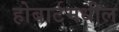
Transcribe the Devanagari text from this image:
होबार्टमधील